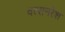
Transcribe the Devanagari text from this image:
वत्सनरेश